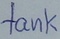
Text: tank